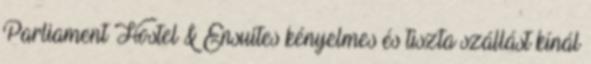
Parliament Hostel & Ensuites kényelmes és tiszta szállást kínál